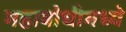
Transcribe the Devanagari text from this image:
महाबोधीमध्ये